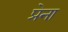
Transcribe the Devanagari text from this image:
प्रेना